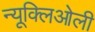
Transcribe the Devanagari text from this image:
न्यूक्लिओली